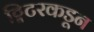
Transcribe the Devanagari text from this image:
ट्विटरकडून